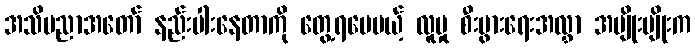
အသိပညာအတော် နည်းပါးနေတာကို တွေ့ရပေမယ့် လူမှု စီးပွားရေးအလွှာ အမျိုးမျိုးက